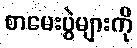
စာမေးပွဲများကို